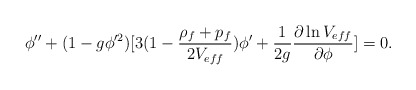
\begin{align*}\phi''+(1-g\phi'^2)[3(1-{\rho_f+p_f\over 2V_{eff}})\phi'+{1\over 2g}{\partial\ln V_{eff}\over\partial\phi}]=0.\end{align*}